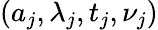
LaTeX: (a_{j},\lambda_{j},t_{j},\nu_{j})